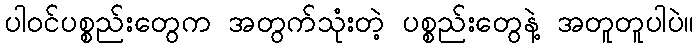
ပါဝင်ပစ္စည်းတွေက အတွက်သုံးတဲ့ ပစ္စည်းတွေနဲ့ အတူတူပါပဲ။